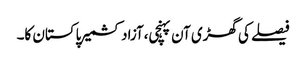
فیصلے کی گھڑی آن پہنچی،آزاد کشمیر پاکستان کا۔